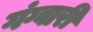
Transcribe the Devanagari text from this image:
गंग्वारी